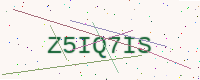
Text: Z5IQ7IS